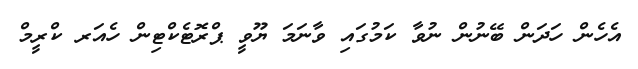
އެހެން ހަދަން ބޭނުން ނުވާ ކަމުގައި ވާނަމަ ޔޫވީ ޕްރޮޓެކްޓިން ހެއަރ ކްރީމް